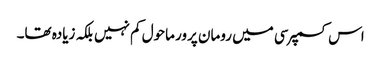
اس کسمپرسی میں رومان پرور ماحول کم نہیں بلکہ زیادہ تھا۔